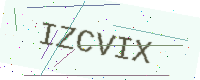
Text: IZCVIX